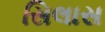
સિલાસ